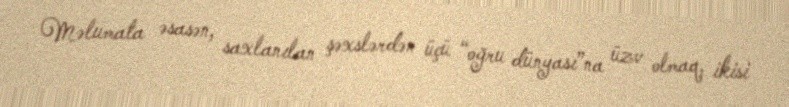
Məlumata əsasən, saxlanılan şəxslərdən üçü “oğru dünyası”na üzv olmaq, ikisi